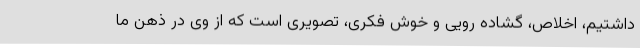
داشتیم، اخلاص، گشاده رویی و خوش فکری، تصویری است که از وی در ذهن ما